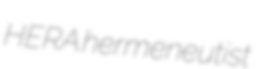
HERA hermeneutist